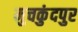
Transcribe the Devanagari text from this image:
मुचकुंदपुर